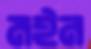
মইন